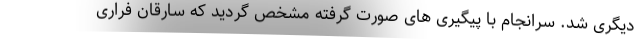
دیگری شد. سرانجام با پیگیری های صورت گرفته مشخص گردید که سارقان فراری